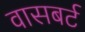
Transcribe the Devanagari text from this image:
वासबर्ट